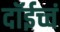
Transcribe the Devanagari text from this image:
दॉईच्चं